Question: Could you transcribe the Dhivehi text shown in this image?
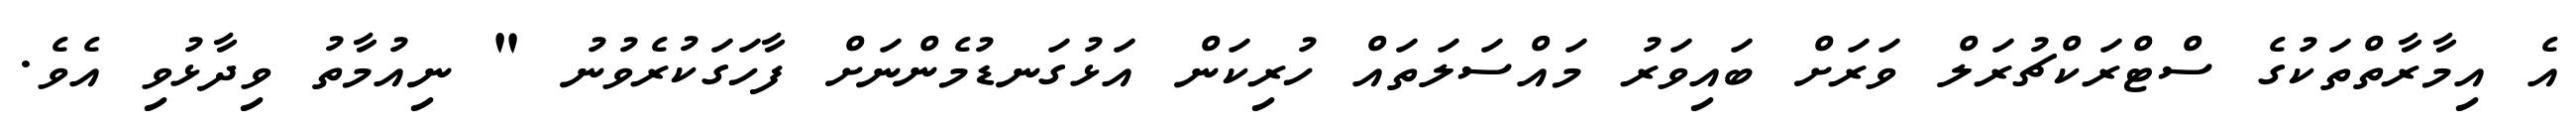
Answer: އެ އިމާރާތްތަކުގެ ސްޓްރަކްޗުރަލް ވަރަށް ބައިވަރު މައްސަލަތައް ހުރިކަން އަޅުގަނޑުމެންނަށް ފާހަގަކުރެވުނު " ނިއުމާތު ވިދާޅުވި އެވެ.